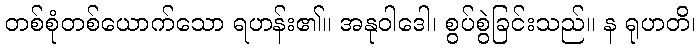
တစ်စုံတစ်ယောက်သော ရဟန်း၏။ အနုဝါဒေါ၊ စွပ်စွဲခြင်းသည်။ န ရုဟတိ၊